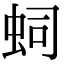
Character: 𧉠